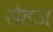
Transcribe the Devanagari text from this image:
रोहज्